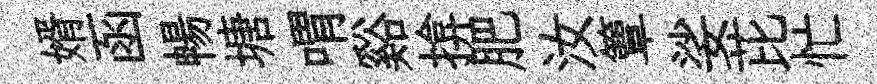
婿函暢塘喟谿揜肥汝簟娑芘忙